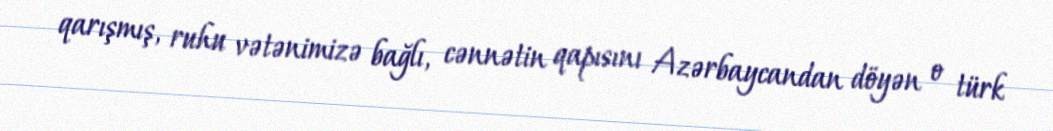
qarışmış, ruhu vətənimizə bağlı, cənnətin qapısını Azərbaycandan döyən o türk